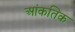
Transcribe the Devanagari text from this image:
आंकतिक